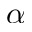
\alpha